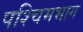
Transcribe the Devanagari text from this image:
पश्‍चिमभाग